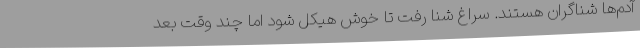
آدم‌ها شناگران هستند. سراغ شنا رفت تا خوش‌ هیکل شود اما چند وقت بعد